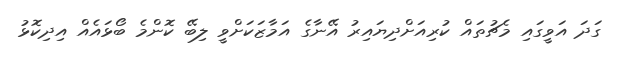
ގަދަ އަވީގައި މެޗުތައް ކުރިއަށްދިޔައިރު އޭނާގެ އަމާޒަކަށްވީ ލިބޭ ކޮންމެ ބޯޅައެއް އިދިކޮޅު